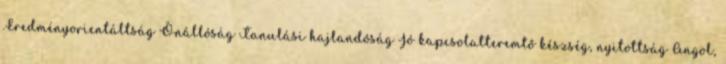
.Eredményorientáltság Önállóság Tanulási hajlandóság Jó kapcsolatteremtő készség, nyitottság Angol,